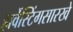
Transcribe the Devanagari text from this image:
हार्वेस्टिंगसारखे